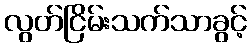
လွတ်ငြိမ်းသက်သာခွင့်